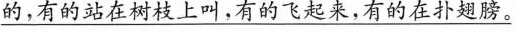
\underline{的，有的站在树枝上叫，有的飞起来，有的在扑翅膀。}